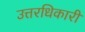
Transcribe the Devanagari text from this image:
उत्तरधिकारी